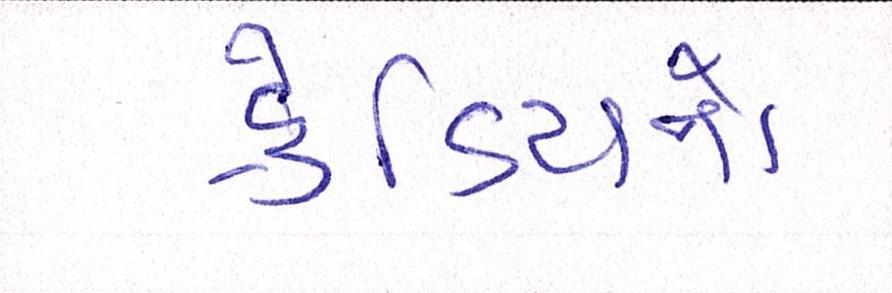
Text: ક્રેડિટનો